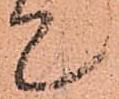
て